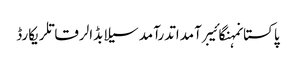
پاکستانمہنگائیبرآمداتدرآمدسیلابڈالرقاتلریکارڈ